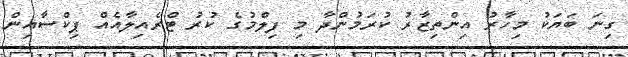
ގިނަ ބަޔަކު މިހާރު އިންތިޒާރު ކުރަމުންދާ މި ފިލްމުގެ ކުރު ޓްރެއިލާއެއް ޕިކްސާއިން